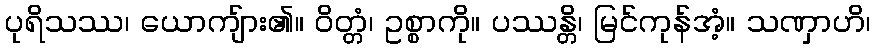
ပုရိသဿ၊ ယောကျ်ား၏။ ဝိတ္တံ၊ ဥစ္စာကို။ ပဿန္တိ၊ မြင်ကုန်အံ့။ သဏှာဟိ၊